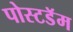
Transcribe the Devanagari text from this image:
पोस्टडॅम